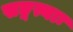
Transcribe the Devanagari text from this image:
सङ्गत्याः